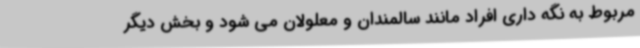
مربوط به نگه داری افراد مانند سالمندان و معلولان می شود و بخش دیگر